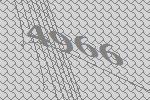
4966